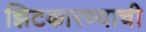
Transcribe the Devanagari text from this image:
झिटकारण्याची